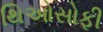
થિઓસોફી